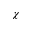
\chi